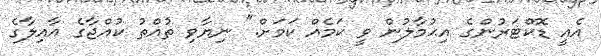
އެއީ ޑޮކްޓަރުންގެ އިޙުމާލުން ވީ ކަމެއް ކަމަށް." ނިޔާވި ތުއްތު ކުއްޖާގެ އާއިލާގެ